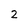
Character: 2